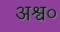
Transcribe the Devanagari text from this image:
अश्व०